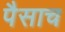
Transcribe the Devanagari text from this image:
पैसाच